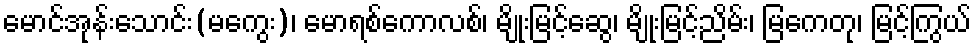
မောင်အုန်းသောင်း(မကွေး)၊ မောရစ်ကောလစ်၊ မျိုးမြင့်ဆွေ၊ မျိုးမြင့်ညိမ်း၊ မြကေတု၊ မြင့်ကြွယ်